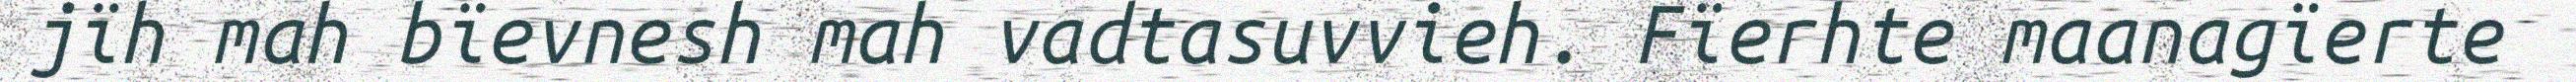
jïh mah bïevnesh mah vadtasuvvieh. Fïerhte maanagïerte